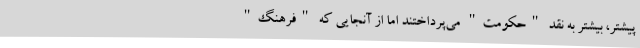
پیشتر، بیشتر به نقد "حکومت" می‌پرداختند اما از آنجایی که "فرهنگ"